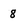
Character: 8